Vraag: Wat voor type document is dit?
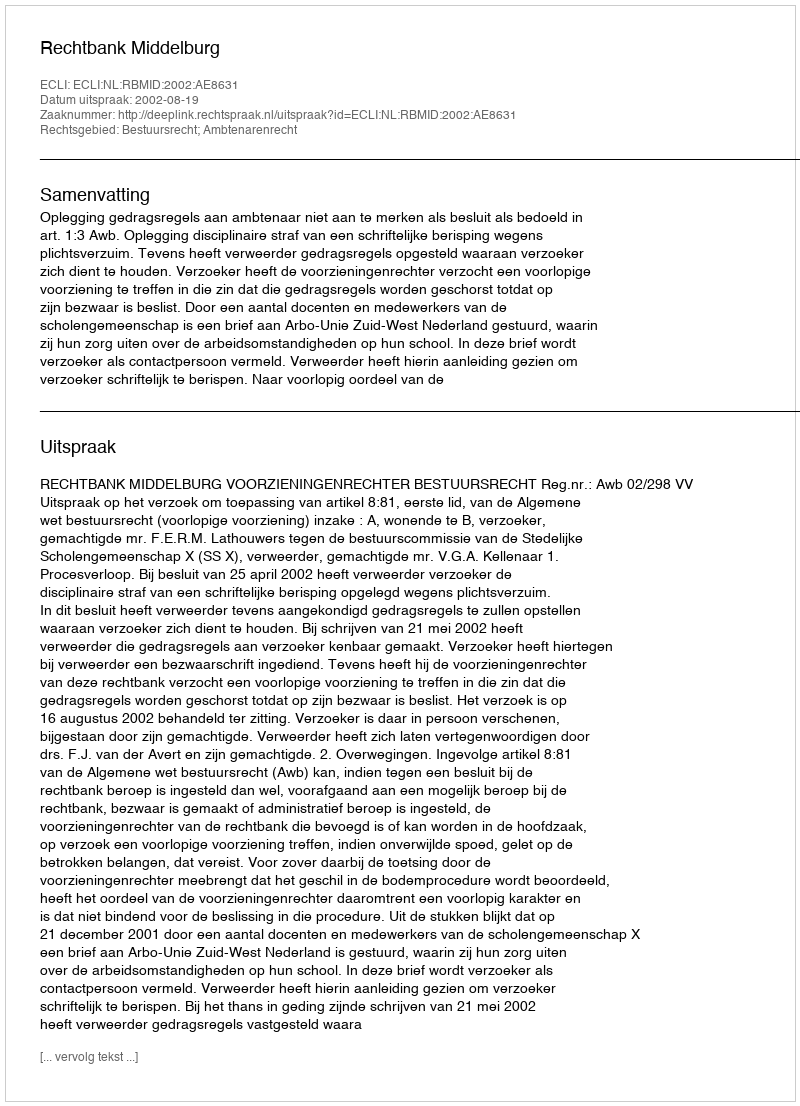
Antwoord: Uitspraak